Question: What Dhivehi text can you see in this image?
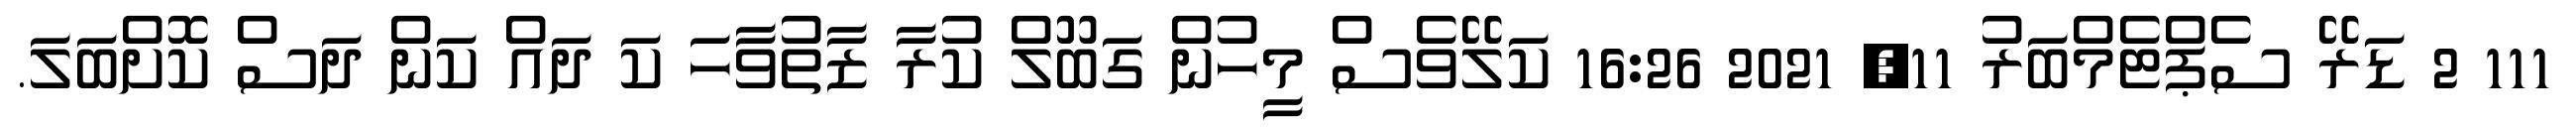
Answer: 111 2 ޑަރޭ ސެޕްޓެމްބަރު 11, 2021 16:26 ކަލޭވެސް މީހުން ގަބޫލް ކުރާ ޒާތުވާހަ ކަ ދައް ކަން ދަސް ކޮށްބަލަ.